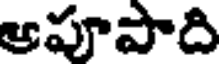
ఆపూపాది